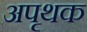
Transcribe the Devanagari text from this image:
अपृथक